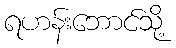
ရဟန်းဘောင်သို့